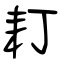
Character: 耓